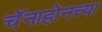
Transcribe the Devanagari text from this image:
चॅनाहोनच्या